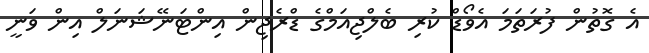
އެ ގޮތުން ފުރަތަމަ އެވޯޑް ކުރި ބެލްޖިއަމްގެ ޑްރެޖިން އިންޓަނޭޝަނަލް އިން ވަނީ